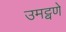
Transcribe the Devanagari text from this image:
उमट्वणे